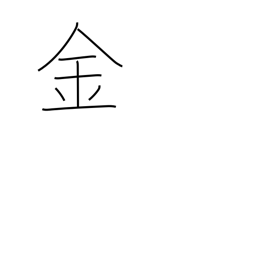
Meaning: gold